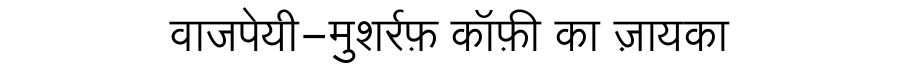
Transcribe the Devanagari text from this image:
वाजपेयी-मुशर्रफ़ कॉफ़ी का ज़ायका